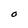
Character: O